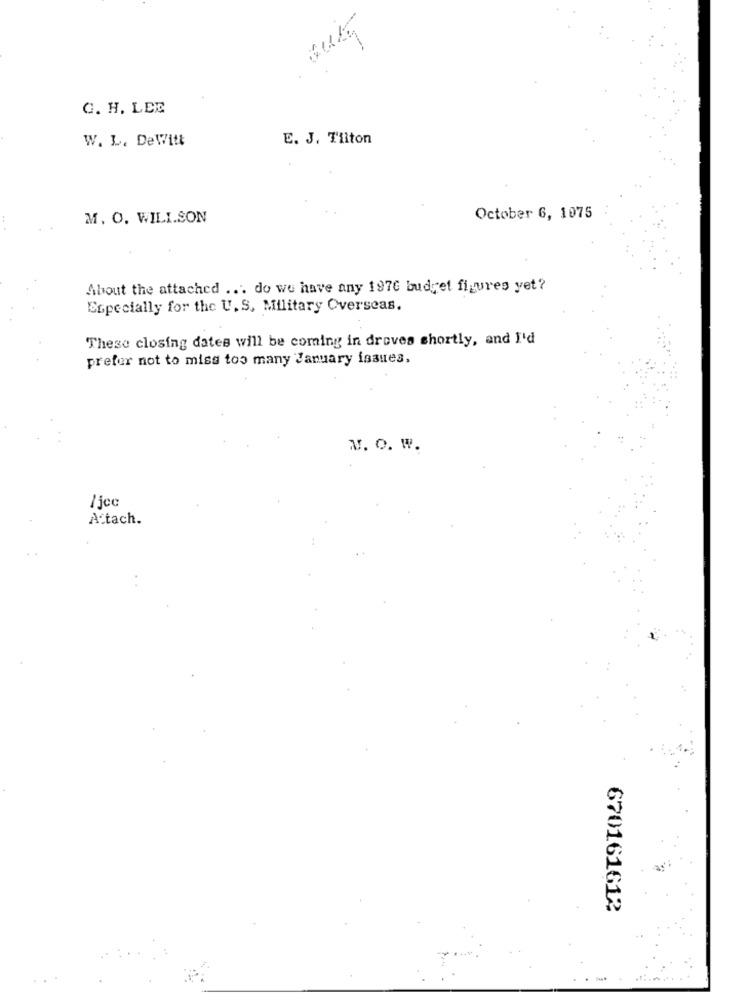
C. H. LEE
W. L. DeWitt
E. J. Tilton
M. O. WILL.SON
October 6, 1075
About the attached ... do we have any 1976 budget figures yet?
Especially for the U. S. Military Overseas.
These closing dates will be coming in droves shortly, and I'd
prefer not to miss too many January issues,
w. O. W.
/ jcc
A tach.
670161612